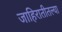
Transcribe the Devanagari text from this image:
जाहिरातीतल्या